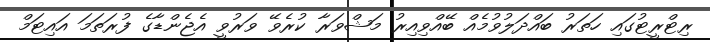
ރިޓްރީޓުގައި ހަތަރު ބައްދަލުވުމެއް ބޭއްވިއިރު މަޝްވަރާ ކުރެވޭ ވަރުވީ އެޖެންޑާގެ ފުރަތަމަ އައިޓަމް